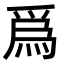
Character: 爲